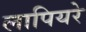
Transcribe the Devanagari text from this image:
लापियरे